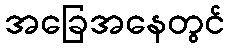
အခြေအနေတွင်